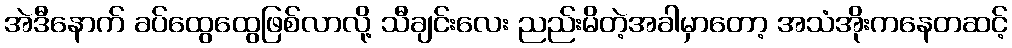
အဲဒီနောက် ခပ်ထွေထွေဖြစ်လာလို့ သီချင်းလေး ညည်းမိတဲ့အခါမှာတော့ အသံအိုးကနေတဆင့်